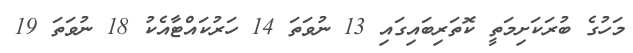
މަހުގެ ބުރަކަށިމަތީ ކޮތަރިބައިގައި 13 ނުވަތަ 14 ހަރުކައްޓާއެކު 18 ނުވަތަ 19